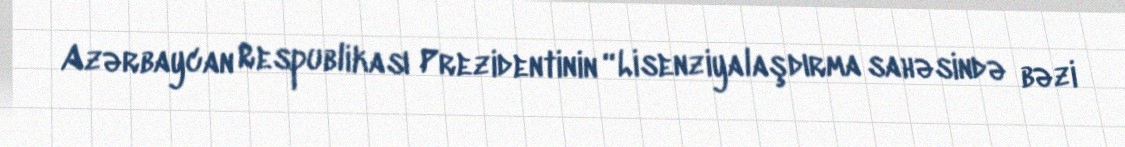
Azərbaycan Respublikası Prezidentinin “Lisenziyalaşdırma sahəsində bəzi